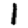
Digit: 1